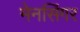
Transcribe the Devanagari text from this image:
मेनसिंगर